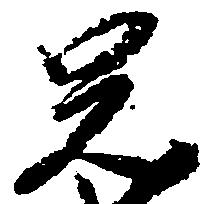
兄